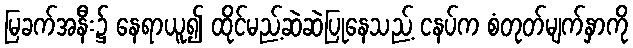
မြခက်အနီး၌ နေရာယူ၍ ထိုင်မည့်ဆဲဆဲပြုနေသည့် ငနပ်က စံတုတ်မျက်နှာကို